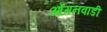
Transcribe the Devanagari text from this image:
आँगनवाडी